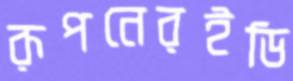
রূপনেরইডি